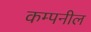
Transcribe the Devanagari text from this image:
कम्पनील